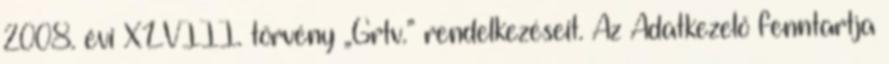
2008. évi XLVIII. törvény „Grtv.” rendelkezéseit. Az Adatkezelő fenntartja